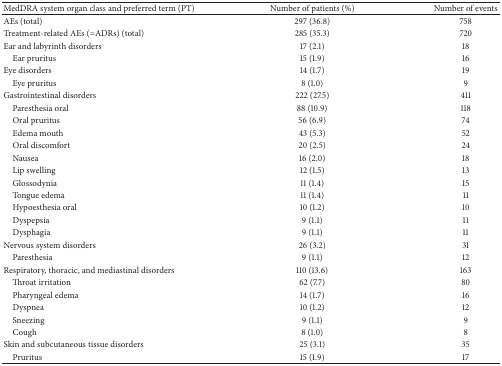
<table><thead><tr><td><b>MedDRA system organ class and preferred term (PT)</b></td><td><b>Number of patients (%)</b></td><td><b>Number of events</b></td></tr></thead><tbody><tr><td>AEs (total)</td><td>297 (36.8)</td><td>758</td></tr><tr><td>Treatment-related AEs (=ADRs) (total)</td><td>285 (35.3)</td><td>720</td></tr><tr><td>Ear and labyrinth disorders</td><td>17 (2.1)</td><td>18</td></tr><tr><td> Ear pruritus</td><td>15 (1.9)</td><td>16</td></tr><tr><td>Eye disorders</td><td>14 (1.7)</td><td>19</td></tr><tr><td> Eye pruritus</td><td>8 (1.0)</td><td>9</td></tr><tr><td>Gastrointestinal disorders</td><td>222 (27.5)</td><td>411</td></tr><tr><td> Paresthesia oral</td><td>88 (10.9)</td><td>118</td></tr><tr><td> Oral pruritus</td><td>56 (6.9)</td><td>74</td></tr><tr><td> Edema mouth</td><td>43 (5.3)</td><td>52</td></tr><tr><td> Oral discomfort</td><td>20 (2.5)</td><td>24</td></tr><tr><td> Nausea</td><td>16 (2.0)</td><td>18</td></tr><tr><td> Lip swelling</td><td>12 (1.5)</td><td>13</td></tr><tr><td> Glossodynia</td><td>11 (1.4)</td><td>15</td></tr><tr><td> Tongue edema</td><td>11 (1.4)</td><td>11</td></tr><tr><td> Hypoesthesia oral</td><td>10 (1.2)</td><td>10</td></tr><tr><td> Dyspepsia</td><td>9 (1.1)</td><td>11</td></tr><tr><td> Dysphagia</td><td>9 (1.1)</td><td>11</td></tr><tr><td>Nervous system disorders</td><td>26 (3.2)</td><td>31</td></tr><tr><td> Paresthesia</td><td>9 (1.1)</td><td>12</td></tr><tr><td>Respiratory, thoracic, and mediastinal disorders</td><td>110 (13.6)</td><td>163</td></tr><tr><td> Throat irritation</td><td>62 (7.7)</td><td>80</td></tr><tr><td> Pharyngeal edema</td><td>14 (1.7)</td><td>16</td></tr><tr><td> Dyspnea</td><td>10 (1.2)</td><td>12</td></tr><tr><td> Sneezing</td><td>9 (1.1)</td><td>9</td></tr><tr><td> Cough</td><td>8 (1.0)</td><td>8</td></tr><tr><td>Skin and subcutaneous tissue disorders</td><td>25 (3.1)</td><td>35</td></tr><tr><td> Pruritus</td><td>15 (1.9)</td><td>17</td></tr></tbody></table>